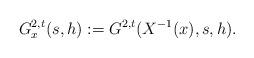
LaTeX: \begin{align*}G_x^{2,t}(s,h):=G^{2,t}(X^{-1}(x),s,h).\end{align*}